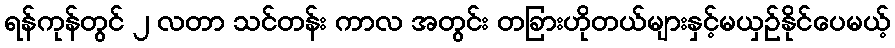
ရန်ကုန်တွင် ၂ လတာ သင်တန်း ကာလ အတွင်း တခြားဟိုတယ်များနှင့်မယှဉ်နိုင်ပေမယ့်